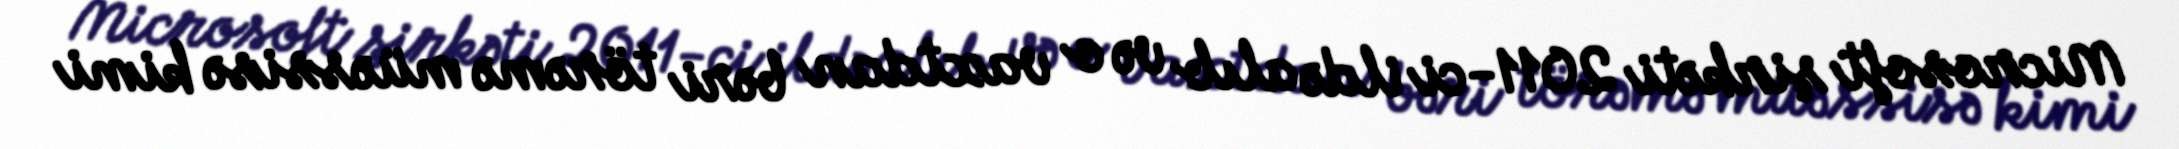
Microsoft şirkəti 2011-ci ildə alıb və o vaxtdan bəri törəmə müəssisə kimi